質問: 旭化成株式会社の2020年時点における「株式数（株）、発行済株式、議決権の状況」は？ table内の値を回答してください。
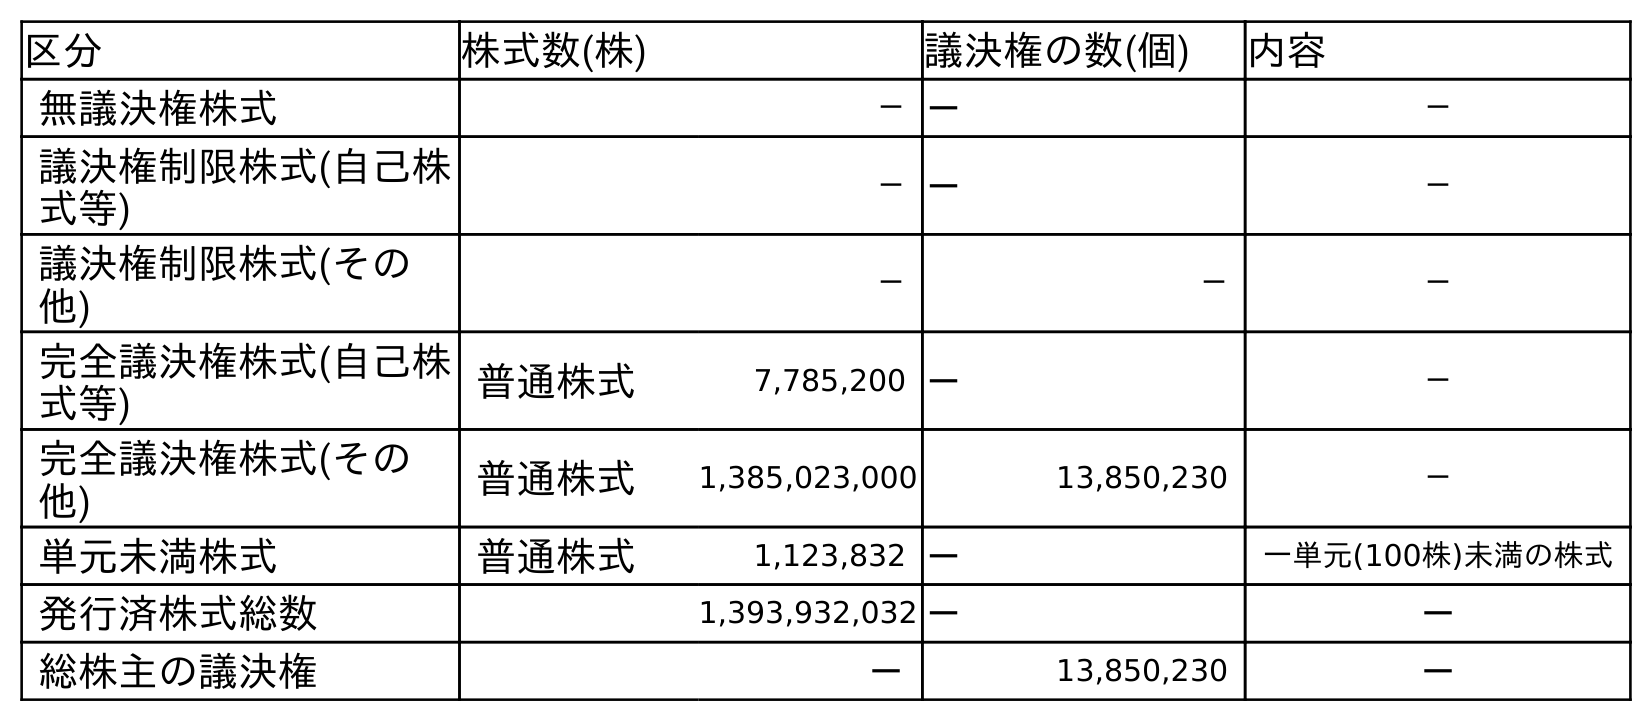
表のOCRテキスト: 区分 株式数(株) 議決権の数(個) 内容 無議決権株式 －－ － 議決権制限株式(自己株 式等) －－ － 議決権制限株式(その 他) － － － 完全議決権株式(自己株 式等) 普通株式 7,785,200 － － 完全議決権株式(その 他) 普通株式 1,385,023,000 13,850,230 － 単元未満株式 普通株式 1,123,832 － 一単元(100株)未満の株式 発行済株式総数 1,393,932,032－ － 総株主の議決権 － 13,850,230 －
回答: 1,393,932,032